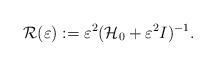
LaTeX: \begin{align*}\mathcal{R} (\varepsilon) := \varepsilon^2 (\mathcal{H}_0 + \varepsilon^2 I)^{-1}.\end{align*}